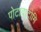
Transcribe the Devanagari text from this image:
पोटावाटोमि